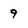
Character: 9